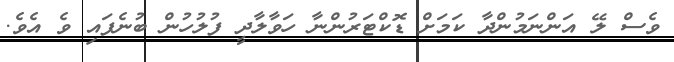
ވެސް ލޭ އަންނަމުންދާ ކަމަށް ޑޮކްޓަރުންނާ ހަވާލާދީ ފުލުހުން ބުނެފައި ވެ އެވެ.